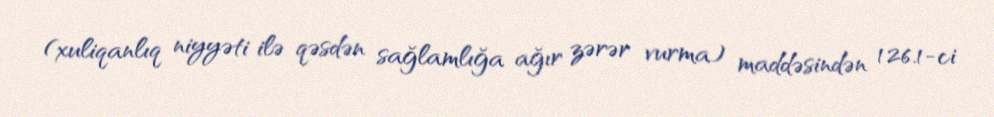
(xuliqanlıq niyyəti ilə qəsdən sağlamlığa ağır zərər vurma) maddəsindən 126.1-ci